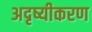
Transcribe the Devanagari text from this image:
अदृष्यीकरण